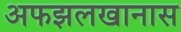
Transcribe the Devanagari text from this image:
अफझलखानास